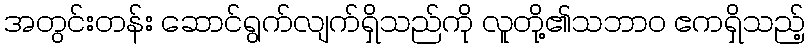
အတွင်းတန်း ဆောင်ရွက်လျက်ရှိသည်ကို လူတို့၏သဘာဝ ဧကရှိသည့်